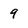
Character: 9